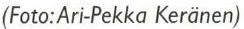
(Foto:Ari-Pekka Keränen)